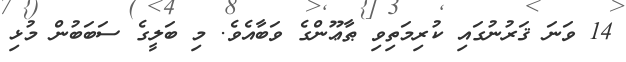
14 ވަނަ ޤަރުނުގައި ކުރިމަތިވި ޠާޢޫންގެ ވަބާއެވެ. މި ބަލީގެ ސަބަބުން މުޅި